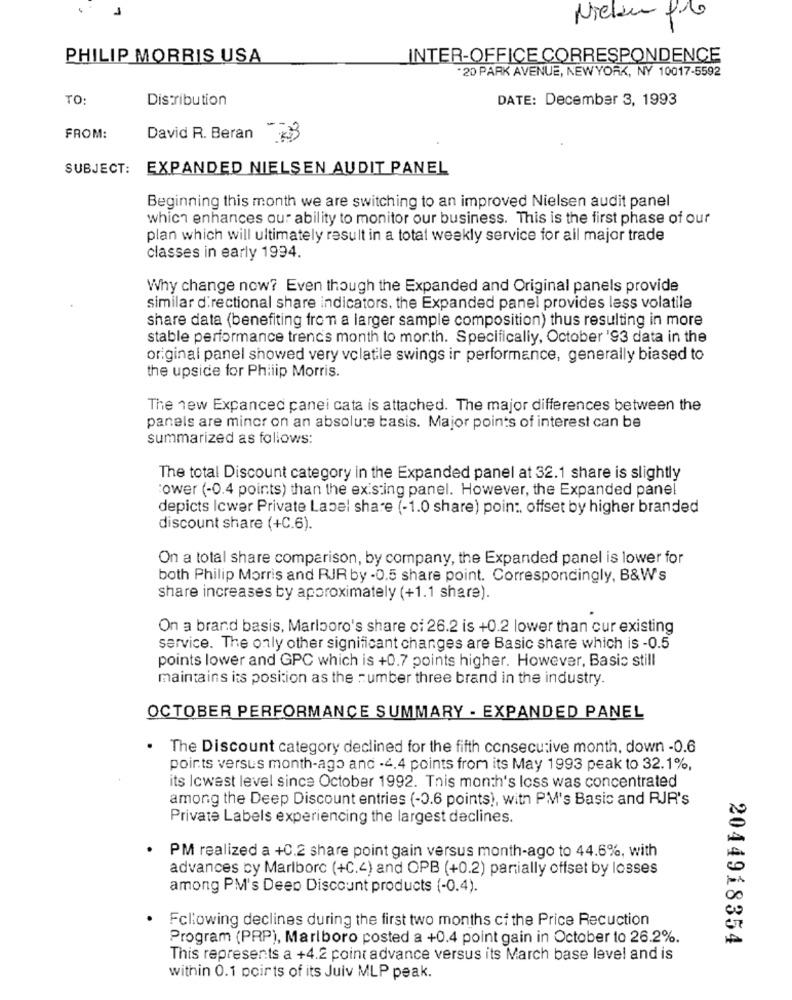
Nielam pro
PHILIP MORRIS USA
INTER-OFFICE CORRESPONDENCE
20 PARK AVENUE, NEWYORK, NY 10017-5592
TO:
Distribution
DATE: December 3, 1993
FROM:
David R. Beran
SUBJECT: EXPANDED NIELSEN AUDIT PANEL
Beginning this month we are switching to an improved Nielsen audit panel
which enhances our ability to monitor our business. This is the first phase of our
plan which will ultimately result in a total weekly service for all major trade
classes in early 1994.
Why change now? Even though the Expanded and Original panels provide
similar directional share indicators. the Expanded panel provides less volatile
share data (benefiting from a larger sample composition) thus resulting in more
stable performance trencs month to morth. Specifically, October '93 data in the
original panel showed very volatile swings ir performance, generally biased to
the upside for Philip Morris.
The new Expanced canei cata is attached. The major differences between the
panels are minor on an absolute basis. Major points of interest can be
summarized as follows:
The total Discount category in the Expanded panel at 32.1 share is slightly
ower (-0.4 points) than the existing panel. However, the Expanded panel
depicts Icwer Private Label share (-1.0 share) point, offset by higher branded
discount share (+C.6).
On a total share comparison, by company, the Expanded panel is lower for
both Philip Morris and RJR by - 0.5 share point. Correspondingly, B&W's
share increases by approximately (+1.1 share).
On a brand basis, Marlboro's share of 26.2 is +0.2 lower than cur existing
service. The only other significant changes are Basic share which is -0.5
points lower and GPC which is +0.7 points higher. However, Basic still
maintains its position as the : umber three brand in the industry.
OCTOBER PERFORMANCE SUMMARY - EXPANDED PANEL
The Discount category declined for the fifth consecutive month, down -0.6
points versus month-ago and -4.4 points from its May 1993 peak to 32.1%,
its Icwest level since October 1992. This month's loss was concentrated
among the Deep Discount entries (-0.6 points), with PM's Basic and RJR's
Private Labels experiencing the largest declines.
· PM realized a +0.2 share point gain versus month-ago to 44.6%, with
advances by Marlborc (+C.4) and OPB (+0.2) partially offset by losses
among PM's Deep Discount products (-0.4).
Following declines during the first two months ci the Price Recuction
Program (PRP), Marlboro posted a +0.4 point gain in October to 26.2%.
2044918354
This represents a +4.2 point advance versus its March base level and is
within 0.1 points of its Juiv MLP peak.